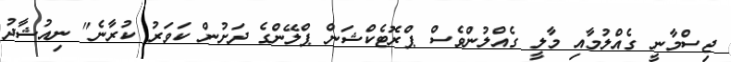
ޖިސްމާނީ ގެއްްލުމާއި މާލީ ގެއްލުންވެސް ޕްރޮޓެކްޝަން ޕްލޭންގެ ދަށުން ކަވަރު ކުރާނެ" ނިއުޝާދު